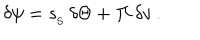
\delta \psi = { s _ { _ \mathrm { S } } } \, \delta \Theta + { \mit \Pi } \, \delta v \ .